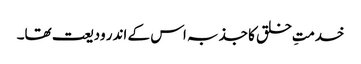
خدمتِ خلق کا جذبہ اس کے اندر ودیعت تھا۔